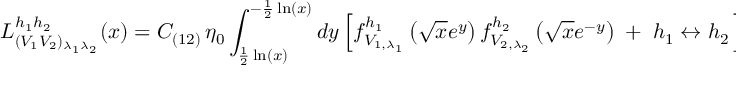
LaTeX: { \cal L } _ { ( V _ { 1 } V _ { 2 } ) _ { \lambda _ { 1 } \lambda _ { 2 } } } ^ { h _ { 1 } h _ { 2 } } ( x ) = C _ { ( 1 2 ) } \, \eta _ { 0 } \int _ { \frac { 1 } { 2 } \ln ( x ) } ^ { - \frac { 1 } { 2 } \ln ( x ) } d y \left[ f _ { V _ { 1 , \lambda _ { 1 } } } ^ { h _ { 1 } } \left( \sqrt { x } e ^ { y } \right) f _ { V _ { 2 , \lambda _ { 2 } } } ^ { h _ { 2 } } \left( \sqrt { x } e ^ { - y } \right) \; + \; h _ { 1 } \leftrightarrow h _ { 2 } \, \right] ,